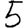
Digit: 5